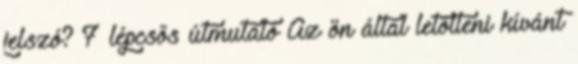
jelszó? 7 lépcsős útmutató Az ön által letölteni kívánt